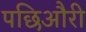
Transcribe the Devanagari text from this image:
पछिऔरी